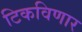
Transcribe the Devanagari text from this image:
टिकविणार